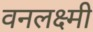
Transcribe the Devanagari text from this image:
वनलक्ष्मी